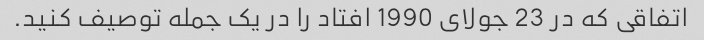
اتفاقی که در 23 جولای 1990 افتاد را در یک جمله توصیف کنید.